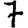
Digit: 7